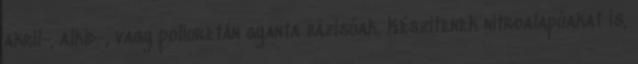
akril-, alkid-, vagy poliuretán gyanta bázisúak. Készítenek nitroalapúakat is,